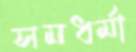
সমধর্মা